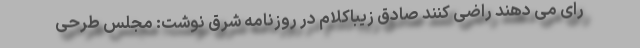
رای می دهند راضی کنند صادق زیباکلام در روزنامه شرق نوشت: مجلس طرحی